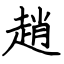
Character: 趙